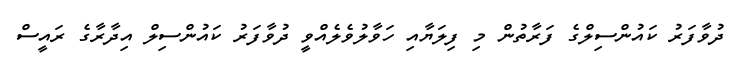
ދުވާފަރު ކައުންސިލްގެ ފަރާތުން މި ފިލަޔާއި ހަވާލުވެލެއްވީ ދުވާފަރު ކައުންސިލް އިދާރާގެ ރައީސް